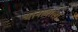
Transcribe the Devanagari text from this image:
थानावाला